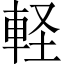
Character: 軽